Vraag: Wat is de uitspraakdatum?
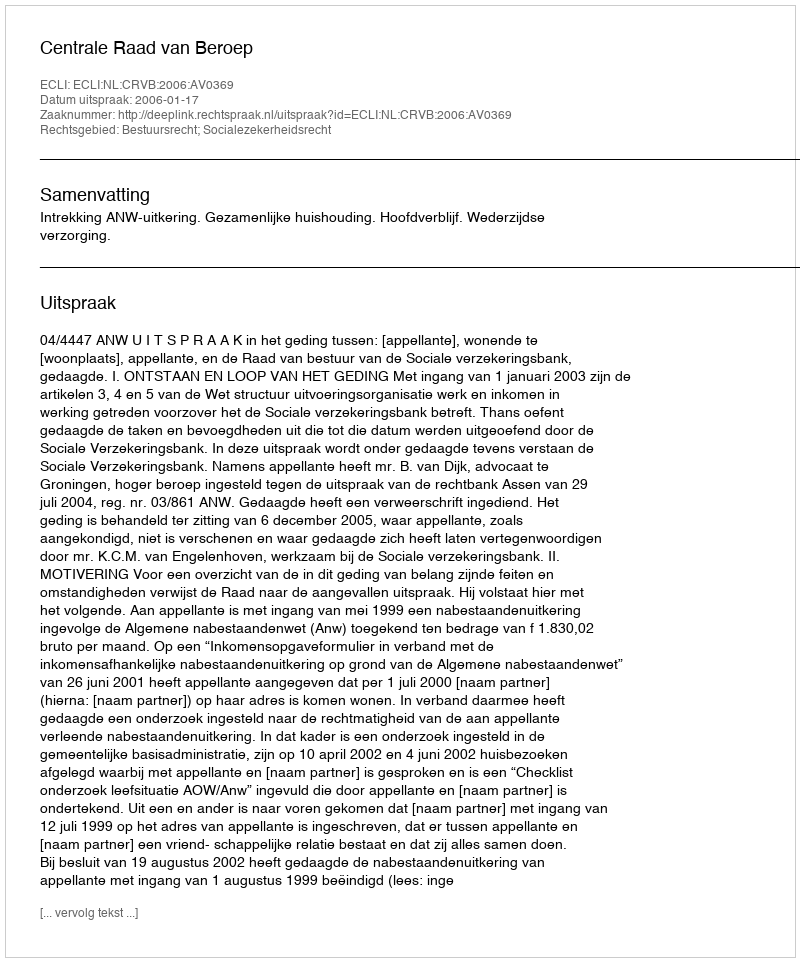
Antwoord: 2006-01-17